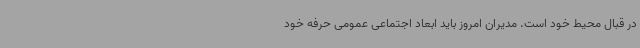
در قبال محیط خود است. مدیران امروز باید ابعاد اجتماعی عمومی حرفه خود